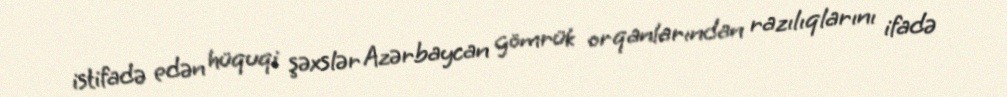
istifadə edən hüquqi şəxslər Azərbaycan gömrük orqanlarından razılıqlarını ifadə